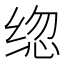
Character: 𰬦